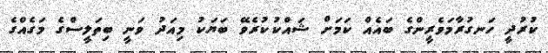
ކުރުދީ ހަނގުރާމަވެރީންގެ ބައެއް ކަމަށް ޝައްކުކުރެވޭ ބަޔަކު މިއަދު ވަނީ ބިތަލީސްގެ މަގެއްގެ